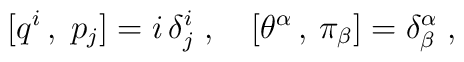
[q^i \, , \; p_j] = i \, \delta^i_j\;,\quad [\theta^{\alpha} \, , \,\pi_{\beta}] = \delta^{\alpha}_{\beta}\;,